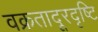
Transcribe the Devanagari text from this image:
वक्रतादूरदृष्टि